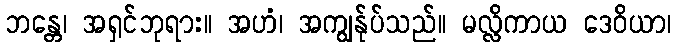
ဘန္တေ၊ အရှင်ဘုရား။ အဟံ၊ အကျွန်ုပ်သည်။ မလ္လိကာယ ဒေဝိယာ၊